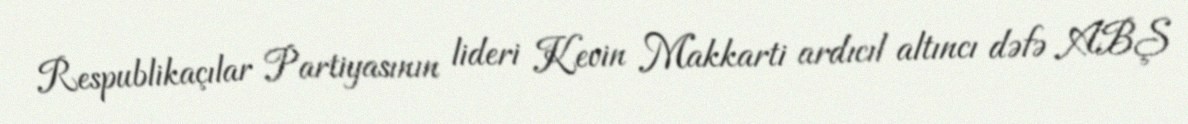
Respublikaçılar Partiyasının lideri Kevin Makkarti ardıcıl altıncı dəfə ABŞ